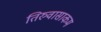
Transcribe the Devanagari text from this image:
तिरुवासाकम